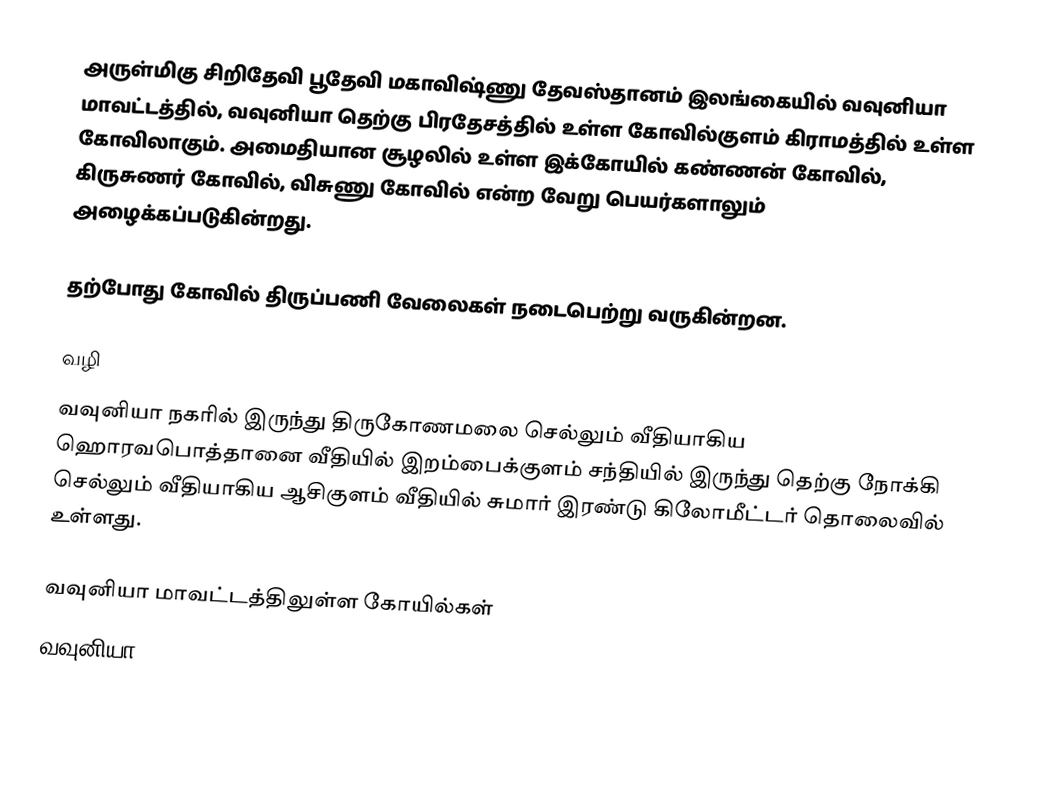
அருள்மிகு சிறிதேவி பூதேவி மகாவிஷ்ணு தேவஸ்தானம் இலங்கையில் வவுனியா மாவட்டத்தில், வவுனியா தெற்கு பிரதேசத்தில் உள்ள கோவில்குளம் கிராமத்தில் உள்ள கோவிலாகும். அமைதியான சூழலில் உள்ள இக்கோயில் கண்ணன் கோவில், கிருசுணர் கோவில், விசுணு கோவில் என்ற வேறு பெயர்களாலும் அழைக்கப்படுகின்றது.

தற்போது கோவில் திருப்பணி வேலைகள் நடைபெற்று வருகின்றன.

வழி
வவுனியா நகரில் இருந்து திருகோணமலை செல்லும் வீதியாகிய ஹொரவபொத்தானை வீதியில் இறம்பைக்குளம் சந்தியில் இருந்து தெற்கு நோக்கி செல்லும் வீதியாகிய ஆசிகுளம் வீதியில் சுமார் இரண்டு கிலோமீட்டர் தொலைவில் உள்ளது.

வவுனியா மாவட்டத்திலுள்ள கோயில்கள்
வவுனியா